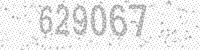
Solution: 629067